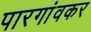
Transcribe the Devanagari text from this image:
पारगांवकर